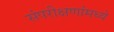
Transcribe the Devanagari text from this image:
संपरीक्षणांमध्ये